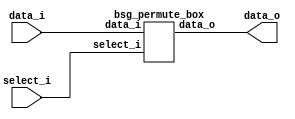
// This program was cloned from: https://github.com/chipsalliance/synlig
// License: Apache License 2.0



module top
(
  data_i,
  select_i,
  data_o
);

  input [15:0] data_i;
  input [31:0] select_i;
  output [15:0] data_o;

  bsg_permute_box
  wrapper
  (
    .data_i(data_i),
    .select_i(select_i),
    .data_o(data_o)
  );


endmodule



module bsg_permute_box
(
  data_i,
  select_i,
  data_o
);

  input [15:0] data_i;
  input [31:0] select_i;
  output [15:0] data_o;
  wire [15:0] data_o;
  assign data_o[15] = data_i[15];
  assign data_o[14] = data_i[14];
  assign data_o[13] = data_i[13];
  assign data_o[12] = data_i[12];
  assign data_o[11] = data_i[11];
  assign data_o[10] = data_i[10];
  assign data_o[9] = data_i[9];
  assign data_o[8] = data_i[8];
  assign data_o[7] = data_i[7];
  assign data_o[6] = data_i[6];
  assign data_o[5] = data_i[5];
  assign data_o[4] = data_i[4];
  assign data_o[3] = data_i[3];
  assign data_o[2] = data_i[2];
  assign data_o[1] = data_i[1];
  assign data_o[0] = data_i[0];

endmodule